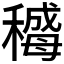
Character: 𬓻